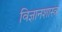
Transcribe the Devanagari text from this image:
विज्ञानशास्त्र